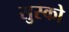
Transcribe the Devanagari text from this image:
सुस्को